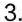
3.